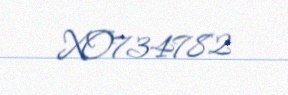
XO734782